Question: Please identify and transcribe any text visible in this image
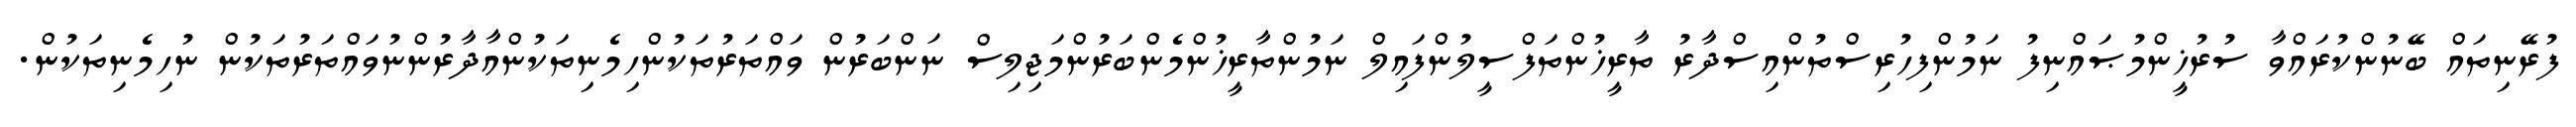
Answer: ފުރޭނިތައް ބޭނުންކުރައްވާ ސުރުޚީންމުޞައްނިފު ނަމުންފިހުރިސްތުންއިސްދާރު ތާރީޚުންތަފްސީލުންފައިލް ނަމުންތާރީޚުންމެންބަރުންމަޖިލިސް ނަންބަރުން ވައްތަރުތަކުންހިމެނިތަކުންއާދާރުންނުވައްތަރުތަކުން ނުހިމެނިތަކުން.